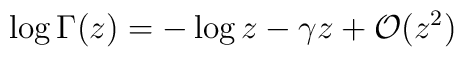
\log\Gamma(z)=-\log z-\gamma z+{\cal O}(z^2)